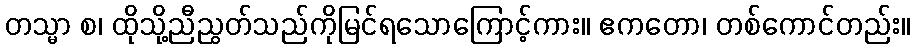
တသ္မာ စ၊ ထိုသို့ညီညွတ်သည်ကိုမြင်ရသောကြောင့်ကား။ ဧကတော၊ တစ်ကောင်တည်း။